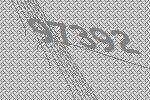
97392